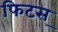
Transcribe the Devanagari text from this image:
फिटस्‌